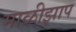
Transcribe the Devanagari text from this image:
माळीझाप